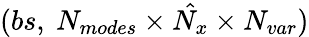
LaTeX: (bs,\ N_{modes}\times\hat{N_{x}}\times N_{var})